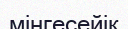
мінгесейік